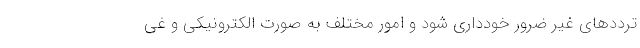
ترددهای غیر ضرور خودداری شود و امور مختلف به صورت الکترونیکی و غی